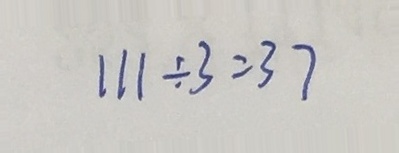
1 1 1 \div 3 = 3 7